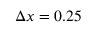
\Delta x = 0 . 2 5